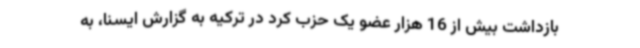
بازداشت بیش از 16 هزار عضو یک حزب کرد در ترکیه به گزارش ایسنا، به